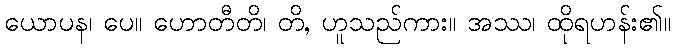
ယောပန၊ ပေ။ ဟောတီတိ၊ တိ, ဟူသည်ကား။ အဿ၊ ထိုရဟန်း၏။